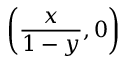
\left( { \frac { x } { 1 - y } } , 0 \right)